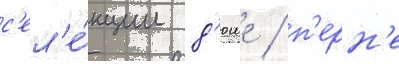
с'ел'е́кции д'юше / п'ерн'е